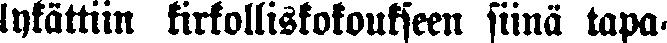
lykättiin kirkolliskokoukseen siinä tapa-